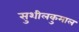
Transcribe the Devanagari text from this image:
सुशीलकुमाल